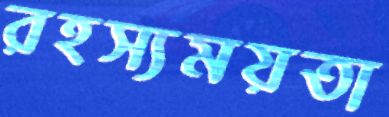
রহস্যময়তা